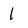
Character: 1